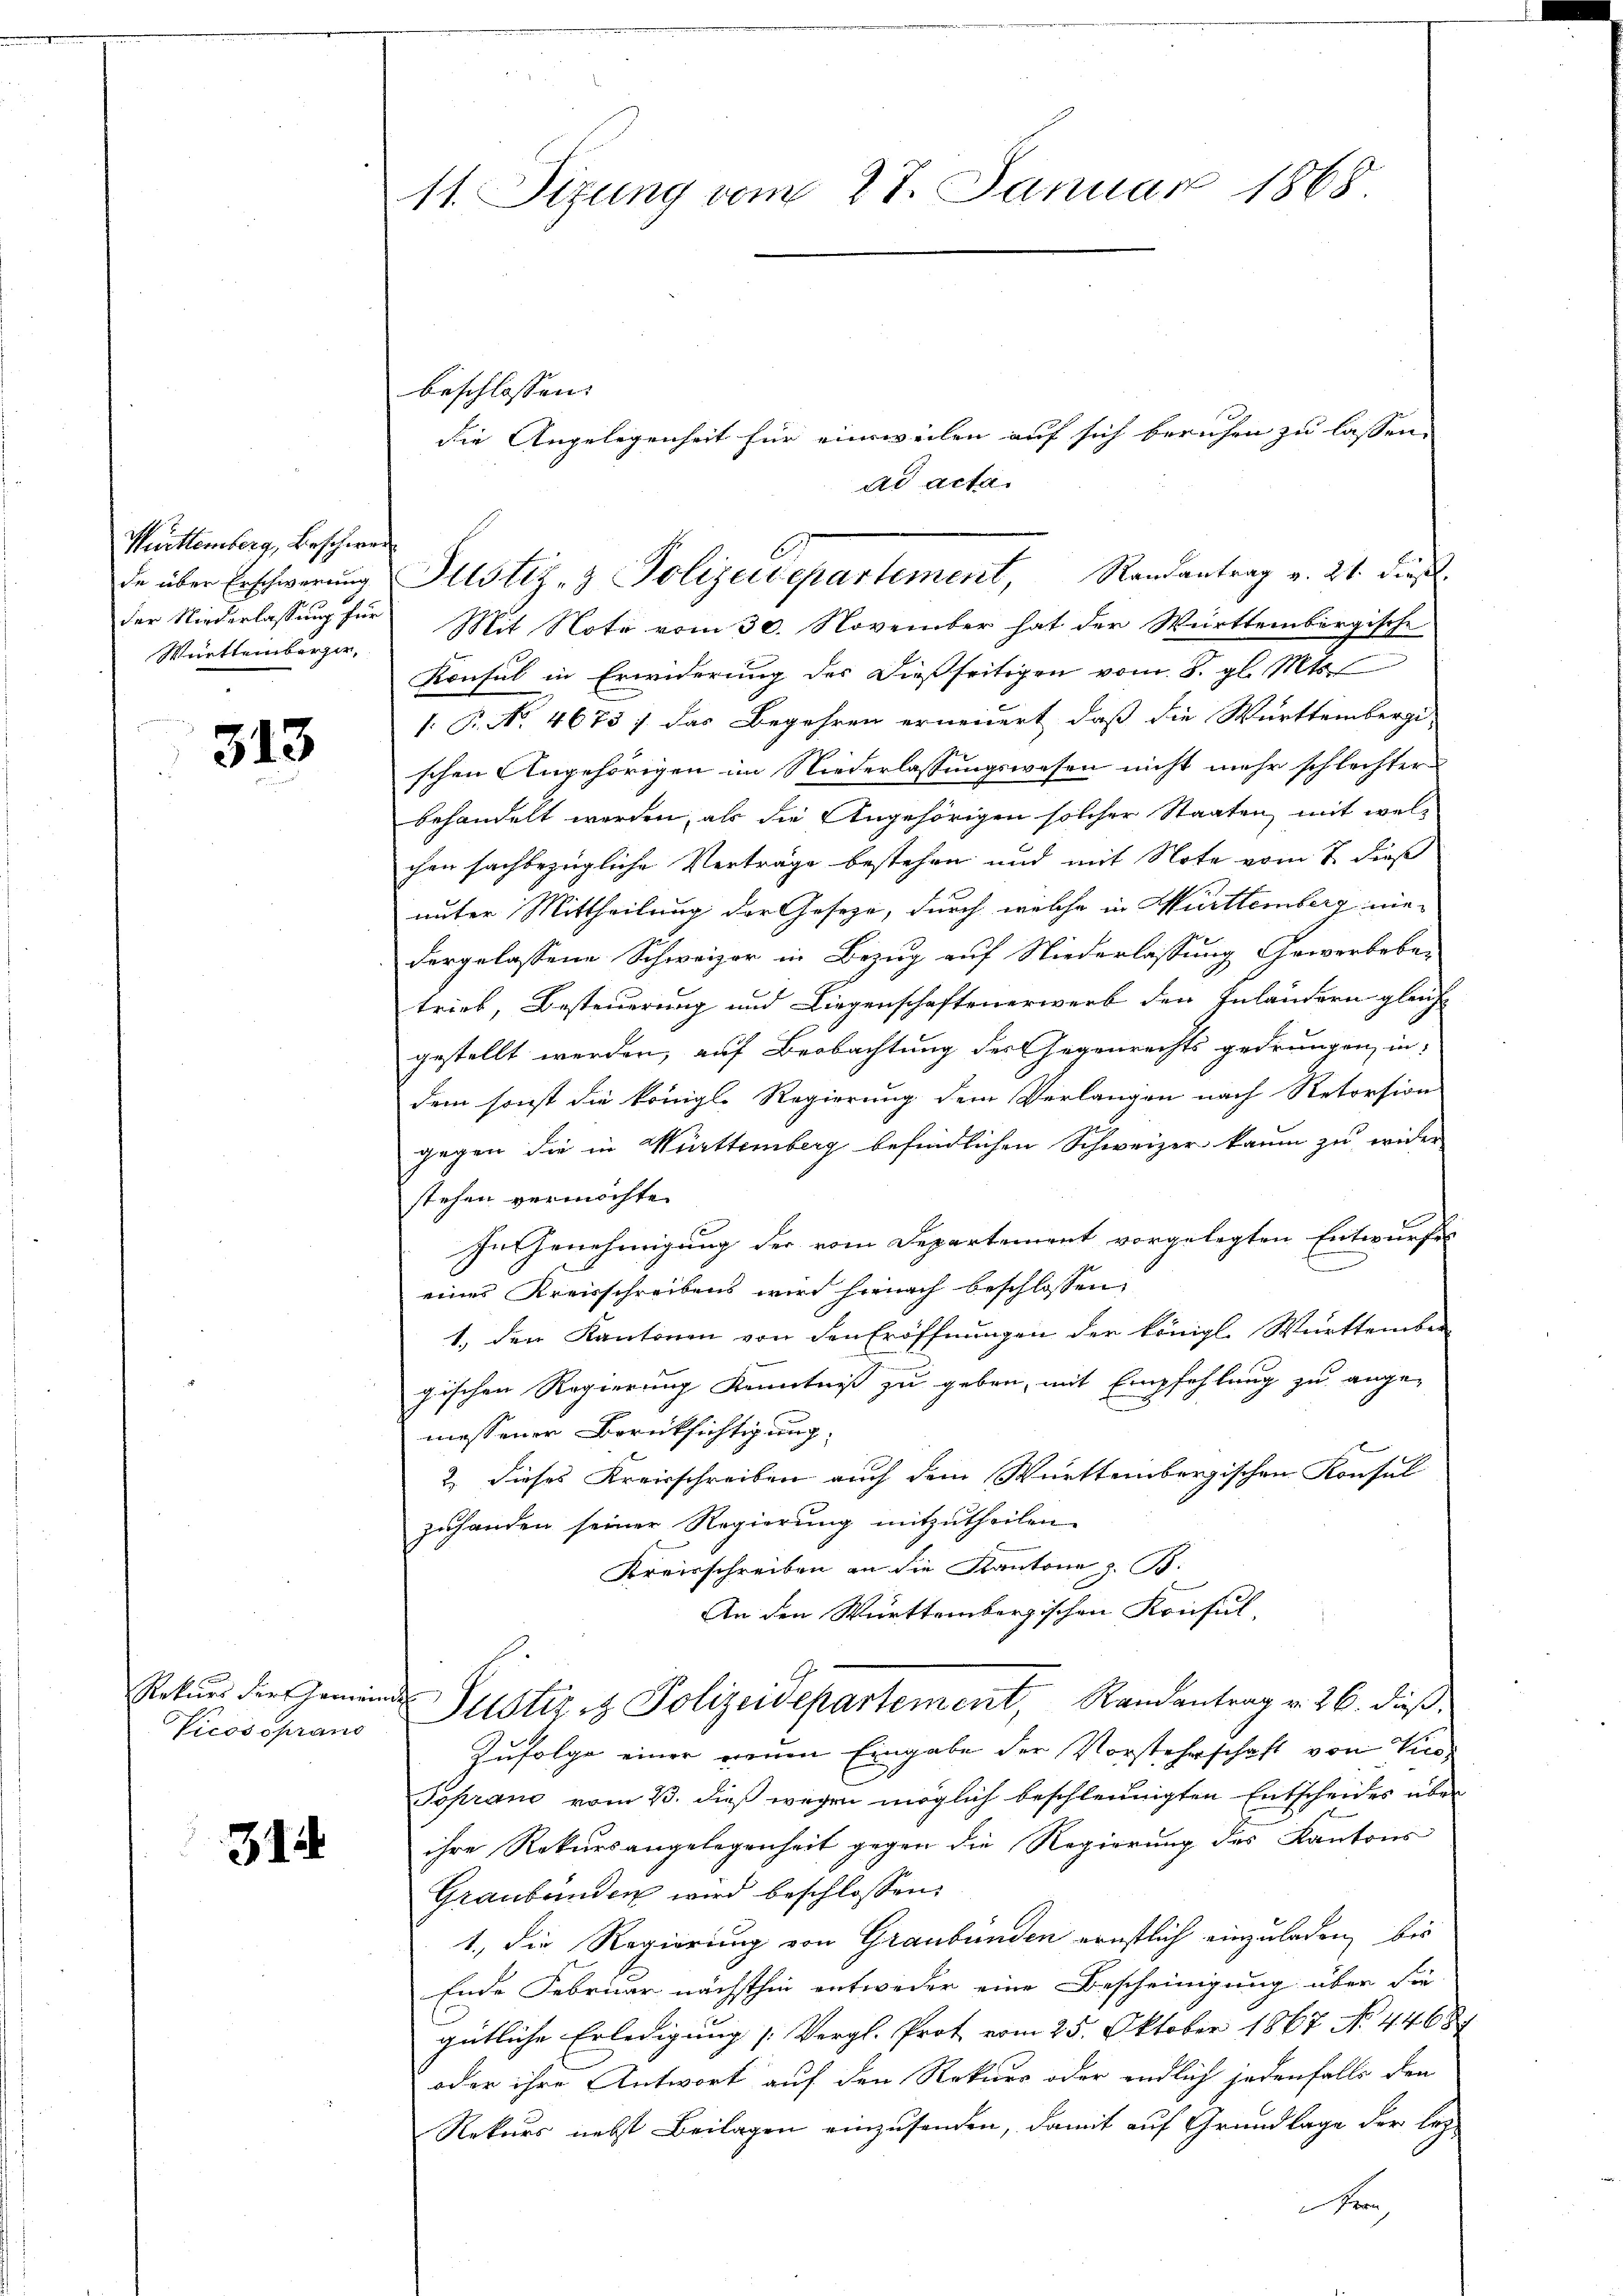
Württemberg, Beschwere
Württemberger,

313

Vicossprand

31

11. Sizung vom 27. Januar 1868

der Niederlassung für Mit Note vom 30. November hat der Württembergische
Konsul in Erwiderung des dießseitigen vom 8. gl. Mts.
: P. No. 4673 ; das Begehren erneuert, daß die Württembergischen Angehörigen im Niederlassungswesen nicht mehr schlechter
behandelt werden, als die Angehörigen solcher Staaten, mit welchen sachbezügliche Verträge bestehen und mit Note vom 8. dieß
unter Mittheilung der Geseze, durch welche in Württemberg nie-
dergelassene Schweizer in Bezug auf Niederlassung Gewerbebe-
trieb, Besteuerung und Liegenschaftenerwerb den Inländern gleiche
gestellt werden, auf Beobachtung der Gegenrechts gedrungen, in
dem sonst die königl. Regierung dem Verlangen nach Retorsion
gegen die in Württemberg befindlichen Schweizer kaum zu wider
stehen vermöchte.
In Genehmigung der vom Departement vorgelegten Entwurfes
eines Kreisschreibens wird hienach beschlossen,
1. den Kantonen von den Eröffnungen der königl. Württember
gischen Regierung Kenntniß zu geben, mit Empfehlung zu ange-
messener Berüksichtigung
d
2. dieses Kreisschreiben auch dem Württembergischen Konsul
zuhanden seiner Regierung mitzŭtheilen.
Kreisschreiben an die Kantone z. B.
An den Württembergischen Konsul-
G
Ratur dies Gemeinde Postiz & Polizeisepartement, Randantrag v. 26. dieß
Zufolge einer neuen Eingabe der Vorsteherschaft von Vice-
Toprano vom 3. dieß wegen möglich beschleunigten Entscheides über
ihre Rekursangelegenheit gegen die Regierung des Kantons
Graubünden wird beschlossen:
1., die Regierung von Graubünden ernstlich einzuladen, bis
Ende Februar nächsthin entweder eine Bescheinigung über die
gütliche Erledigung [Vergl. Prot vom 25. Oktober 1867 No 44687
oder ihre Antwort auf den Rekurs oder endlich jedenfalls den
Rekurs nebst Beilagen einzusenden, damit auf Grundlage der lez¬
F

beschlossen:

die Angelegenheit für einsweilen auf sich beruhen zu lassen.
ad acta.

de über Erschwerung Altstiz- & Polizeidepartement, Randantrag v. 21. dies